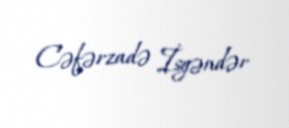
Cəfərzadə İsgəndər